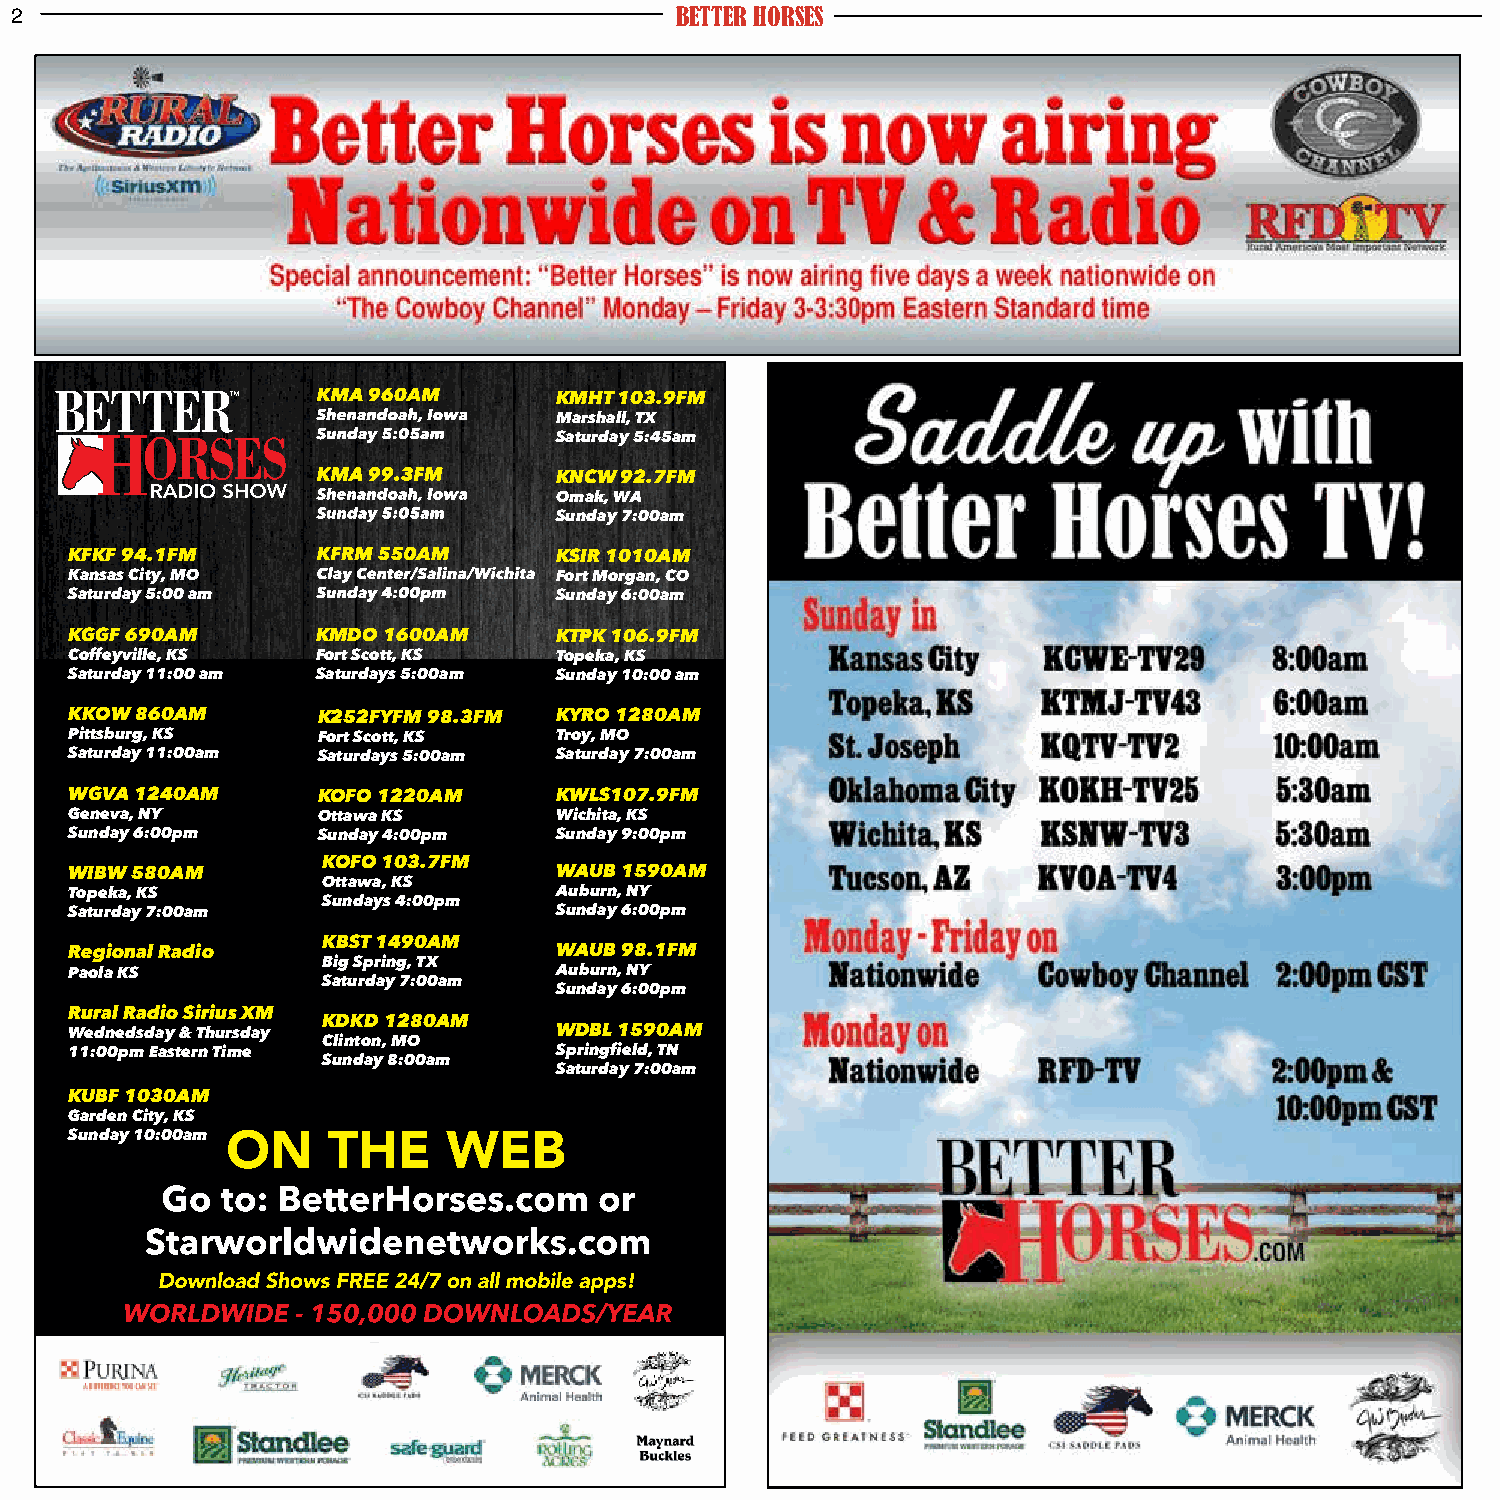
2                                           BETTER HORSES
 KMHT 103.9FM
 Marshall, TX
 Saturday 5:45am
 KNCW 92.7FM
 Omak, WA
 Sunday 7:00am
 KFKF 94.1FM                     KSIR 1010AM
 Kansas City, MO                 Fort Morgan, CO
 Saturday 5:00 am                Sunday 6:00am
 KGGF 690AM      KMDO 1600AM     KTPK 106.9FM
 Coffeyville, KS Fort Scott, KS  Topeka, KS
 Saturday 11:00 am Saturdays 5:00am Sunday 10:00 am
 KKOW 860AM      K252FYFM 98.3FM KYRO 1280AM
 Pittsburg, KS   Fort Scott, KS  Troy, MO
 Saturday 11:00am Saturdays 5:00am Saturday 7:00am
 WGVA 1240AM     KOFO 1220AM     KWLS107.9FM
 Geneva, NY      Ottawa KS       Wichita, KS
 Sunday 6:00pm   Sunday 4:00pm   Sunday 9:00pm
 KOFO 103.7FM
 WIBW 580AM                      WAUB 1590AM
 Ottawa, KS
 Topeka, KS                      Auburn, NY
 Sundays 4:00pm
 Saturday 7:00am                 Sunday 6:00pm
 KBST 1490AM
 Regional Radio                  WAUB 98.1FM
 Big Spring, TX
 Paola KS                        Auburn, NY
 Saturday 7:00am
 Sunday 6:00pm
 Rural Radio Sirius XM
 KDKD 1280AM
 Wednedsday & Thursday           WDBL 1590AM
 Clinton, MO
 11:00pm Eastern Time            Springfield, TN
 Sunday 8:00am
 Saturday 7:00am
 KUBF 1030AM
 Garden City, KS
 Sunday 10:00am